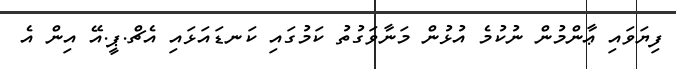
ފިޔަވައި ޢާންމުން ނުކުމެ އުޅުން މަނާވަގުތު ކަމުގައި ކަނޑައަޅައި އެޗް.ޕީ.އޭ އިން އެ